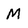
Character: m